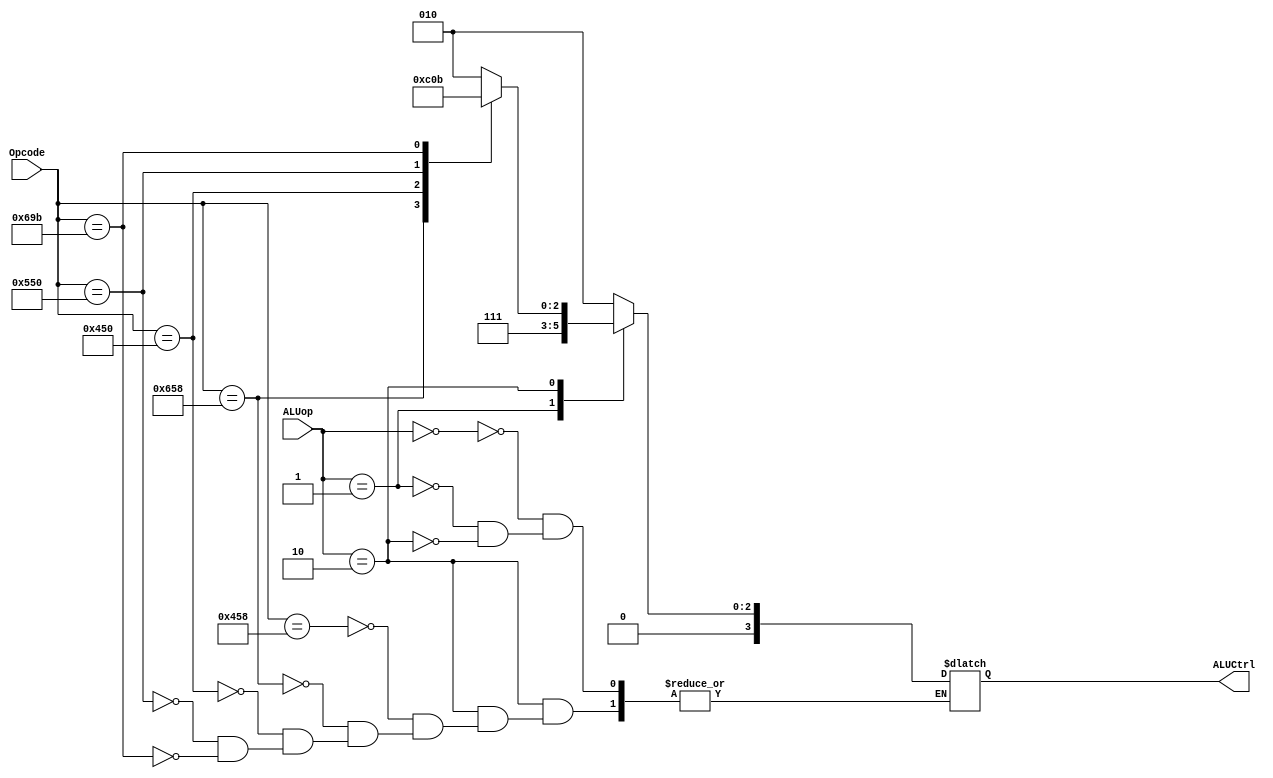
//`timescale 1ns/1ps

//Define 
`define ADD 11'b10001011000
`define SUB 11'b11001011000
`define AND 11'b10001010000
`define ORR 11'b10101010000
`define LSL 11'b11010011011

module ALUControl(ALUCtrl, ALUop, Opcode);
     input [1:0] ALUop;
     input [10:0] Opcode;
     output reg [3:0] ALUCtrl;
     /* write your code here */
	 
	 //behavioral block
	 always@(*)
	 begin
		 case(ALUop)
			2'b00: begin 					//LDUR and STUR
					 ALUCtrl = 4'b0010;
					end
			2'b01: begin 					//CBZ
					 ALUCtrl = 4'b0111;
					end
			2'b10: begin 
					case(Opcode) 
						`ADD:  ALUCtrl = 4'b0010;		//ADD 
						`SUB:  ALUCtrl = 4'b0110;		//SUB
						`AND:  ALUCtrl = 4'b0000;		//AND
						`ORR:  ALUCtrl = 4'b0001;		//ORR
						`LSL:  ALUCtrl = 4'b0011;		//LSL
					endcase
					end
		 endcase
	 end	 
endmodule